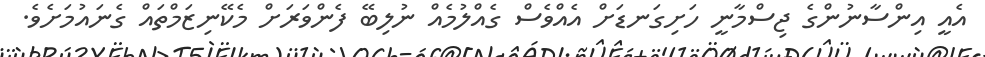
އެއީ އިންސާނުންގެ ޖިސްމާނީ ހަށިގަނޑަށް އެއްވެސް ގެއްލުމެއް ނުލިބޭ ފެންވަރަށް މެކޭނިޒަމްތައް ގެނައުމަށެވެ.